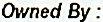
OWNED BY :